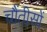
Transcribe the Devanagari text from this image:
चौंतीसों